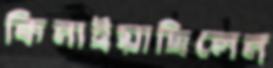
কিনাইয়াছিলেন